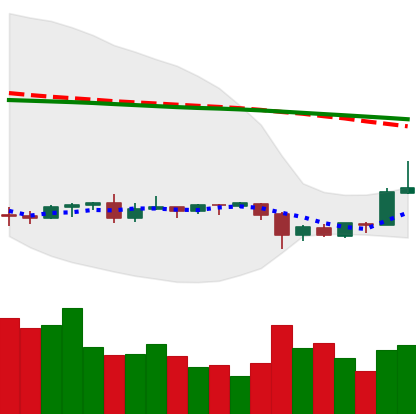
Ticker: ETC-USD
Chart end date: 2020-09-27
Forward return: -4.672%
Label: down_3_5